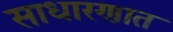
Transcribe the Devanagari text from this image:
साधारणात